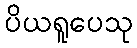
ပိယရူပေသု